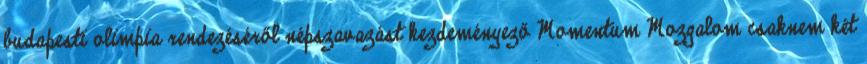
budapesti olimpia rendezéséről népszavazást kezdeményező Momentum Mozgalom csaknem két